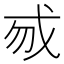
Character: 𢦠